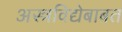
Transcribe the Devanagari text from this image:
अस्त्रविद्येबाबत